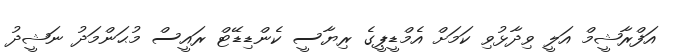
އަފްރާޝީމް އަލީ ވިދާޅުވި ކަމަށް އެމްޑީޕީގެ ރިޔާސީ ކެންޑިޑޭޓް ރައީސް މުޙަންމަދު ނަޝީދު